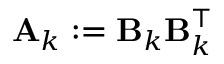
\mathbf { A } _ { k } : = \mathbf { B } _ { k } \mathbf { B } _ { k } ^ { \top }